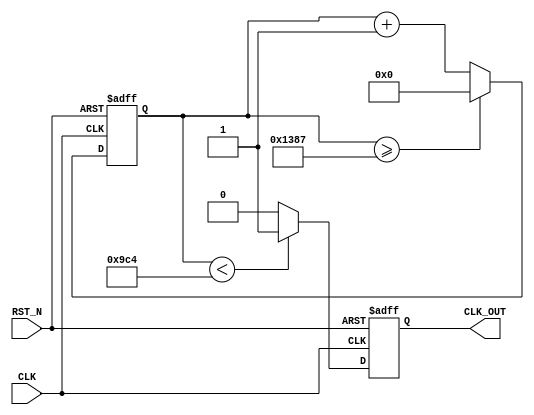
module clk_div #(
  parameter  FREQ_IN  = 50_000_000,
  parameter  FREQ_OUT = 10_000
)(
  input      CLK,
  input      RST_N,
  output reg CLK_OUT
);
  parameter DIV = FREQ_IN / FREQ_OUT;
  
  reg [$clog2(DIV)-1:0] cntr;

  // clock counter
  always @(posedge CLK or negedge RST_N) begin
    if (!RST_N) begin
      cntr <= 0;
    end else if (cntr >= (DIV-1)) begin
      cntr <= 0;
    end else begin
      cntr <= cntr + 1;
    end
  end

  // divided clock
  always @(posedge CLK or negedge RST_N) begin
    if (!RST_N) begin
      CLK_OUT <= 0;
    end else if (cntr < DIV/2) begin
      CLK_OUT <= 1;
    end else begin
      CLK_OUT <= 0;
    end
  end

endmodule